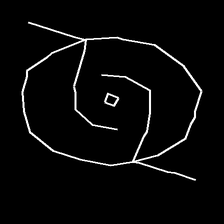
Glyph: repetition